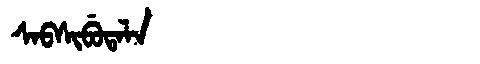
Manchu: ᠰᠠᠪᠰᡳᠪᡠᡨᠠᠯᠠ
Romanization: SABSIBUTALA